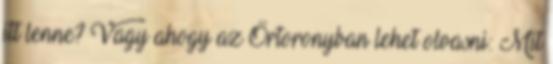
itt lenne? Vagy ahogy az Őrtoronyban lehet olvasni: Mit